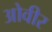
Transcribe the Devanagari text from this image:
ओवीर